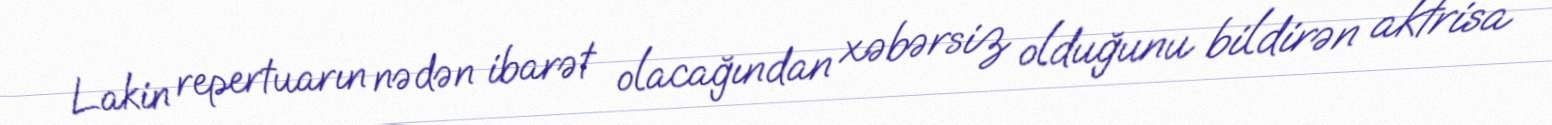
Lakin repertuarın nədən ibarət olacağından xəbərsiz olduğunu bildirən aktrisa